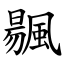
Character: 䬗